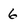
Character: 6